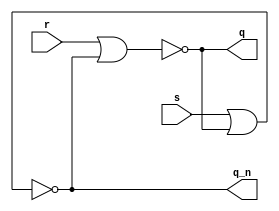
module Ex3
(
input s,
input r,
output q,
output q_n
);
assign q = ~ ( r | q_n ) ;
assign q_n = ~ ( s | q ) ;
endmodule